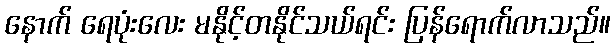
နောက် ရေပုံးလေး မနိုင့်တနိုင်သယ်ရင်း ပြန်ရောက်လာသည်။